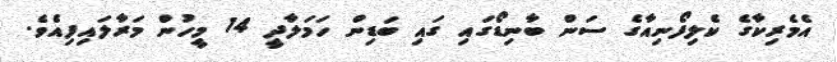
އެމެރިކާގެ ކެލިފޯނިއާގެ ސަން ބާނިޑޯގައި ގައި ބަޑިން ހަމަލާދީ 14 މީހުން މަރާލައިފިއެވެ.